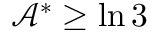
\mathcal { A } ^ { \ast } \geq \ln 3